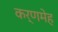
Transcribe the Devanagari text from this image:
कर्णमेह